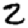
Digit: 2